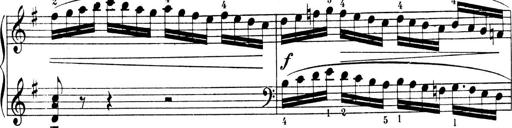
Title: 4 Sonatines
Composer: Max Reger